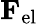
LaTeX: \mathbf{F}_{\mathrm{el}}